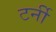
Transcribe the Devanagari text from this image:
टर्नी